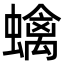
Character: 蠄